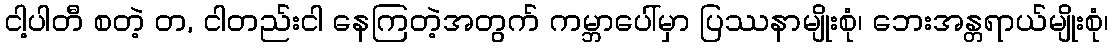
ငါ့ပါတီ စတဲ့ တ, ငါတည်းငါ နေကြတဲ့အတွက် ကမ္ဘာပေါ်မှာ ပြဿနာမျိုးစုံ၊ ဘေးအန္တရာယ်မျိုးစုံ၊